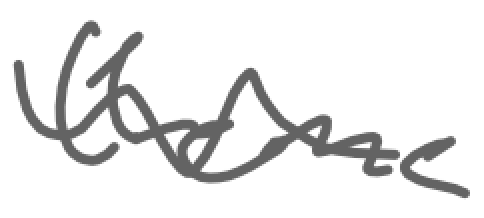
Text: theme
Cross-out: wave
Writing tool: digital_gray